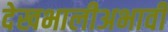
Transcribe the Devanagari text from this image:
देखभालीअभावी